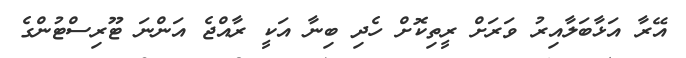
އޭރާ އަޅާބަލާއިރު ވަރަށް ރީތިކޮށް ހެދި ބިނާ އަކީ ރާއްޖެ އަންނަ ޓޫރިސްޓުންގެ